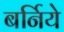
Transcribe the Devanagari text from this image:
बर्निये